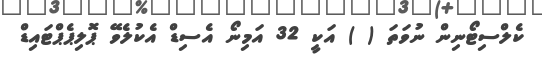
ކެލްސިޓޯނިން ނުވަތަ ( ) އަކީ 32 އަމިނޯ އެސިޑް އެކުލެވޭ ޕޮލިޕެޕްޓައިޑް